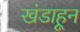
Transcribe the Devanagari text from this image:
खंडाहून